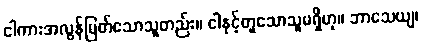
ငါကားအလွန်မြတ်သောသူတည်း။ ငါနှင့်တူသောသူမရှိဟု။ ဘာသေယျ၊